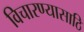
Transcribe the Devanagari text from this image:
विचारण्यासाठि